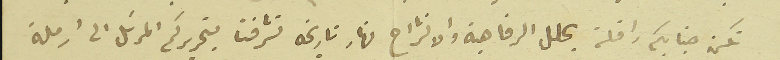
تكن جنابكم رافلة بحلل الرفاهية والانشراح نهار تاريخه تشرفنا بتحريركم المرسَل الى ارملة